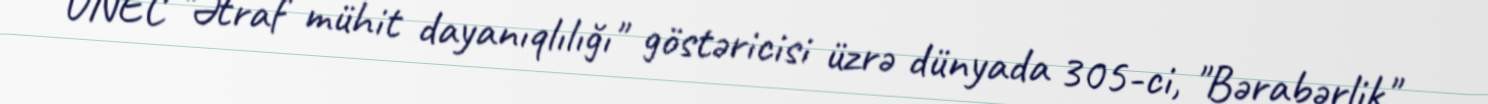
UNEC "Ətraf mühit dayanıqlılığı" göstəricisi üzrə dünyada 305-ci, "Bərabərlik"